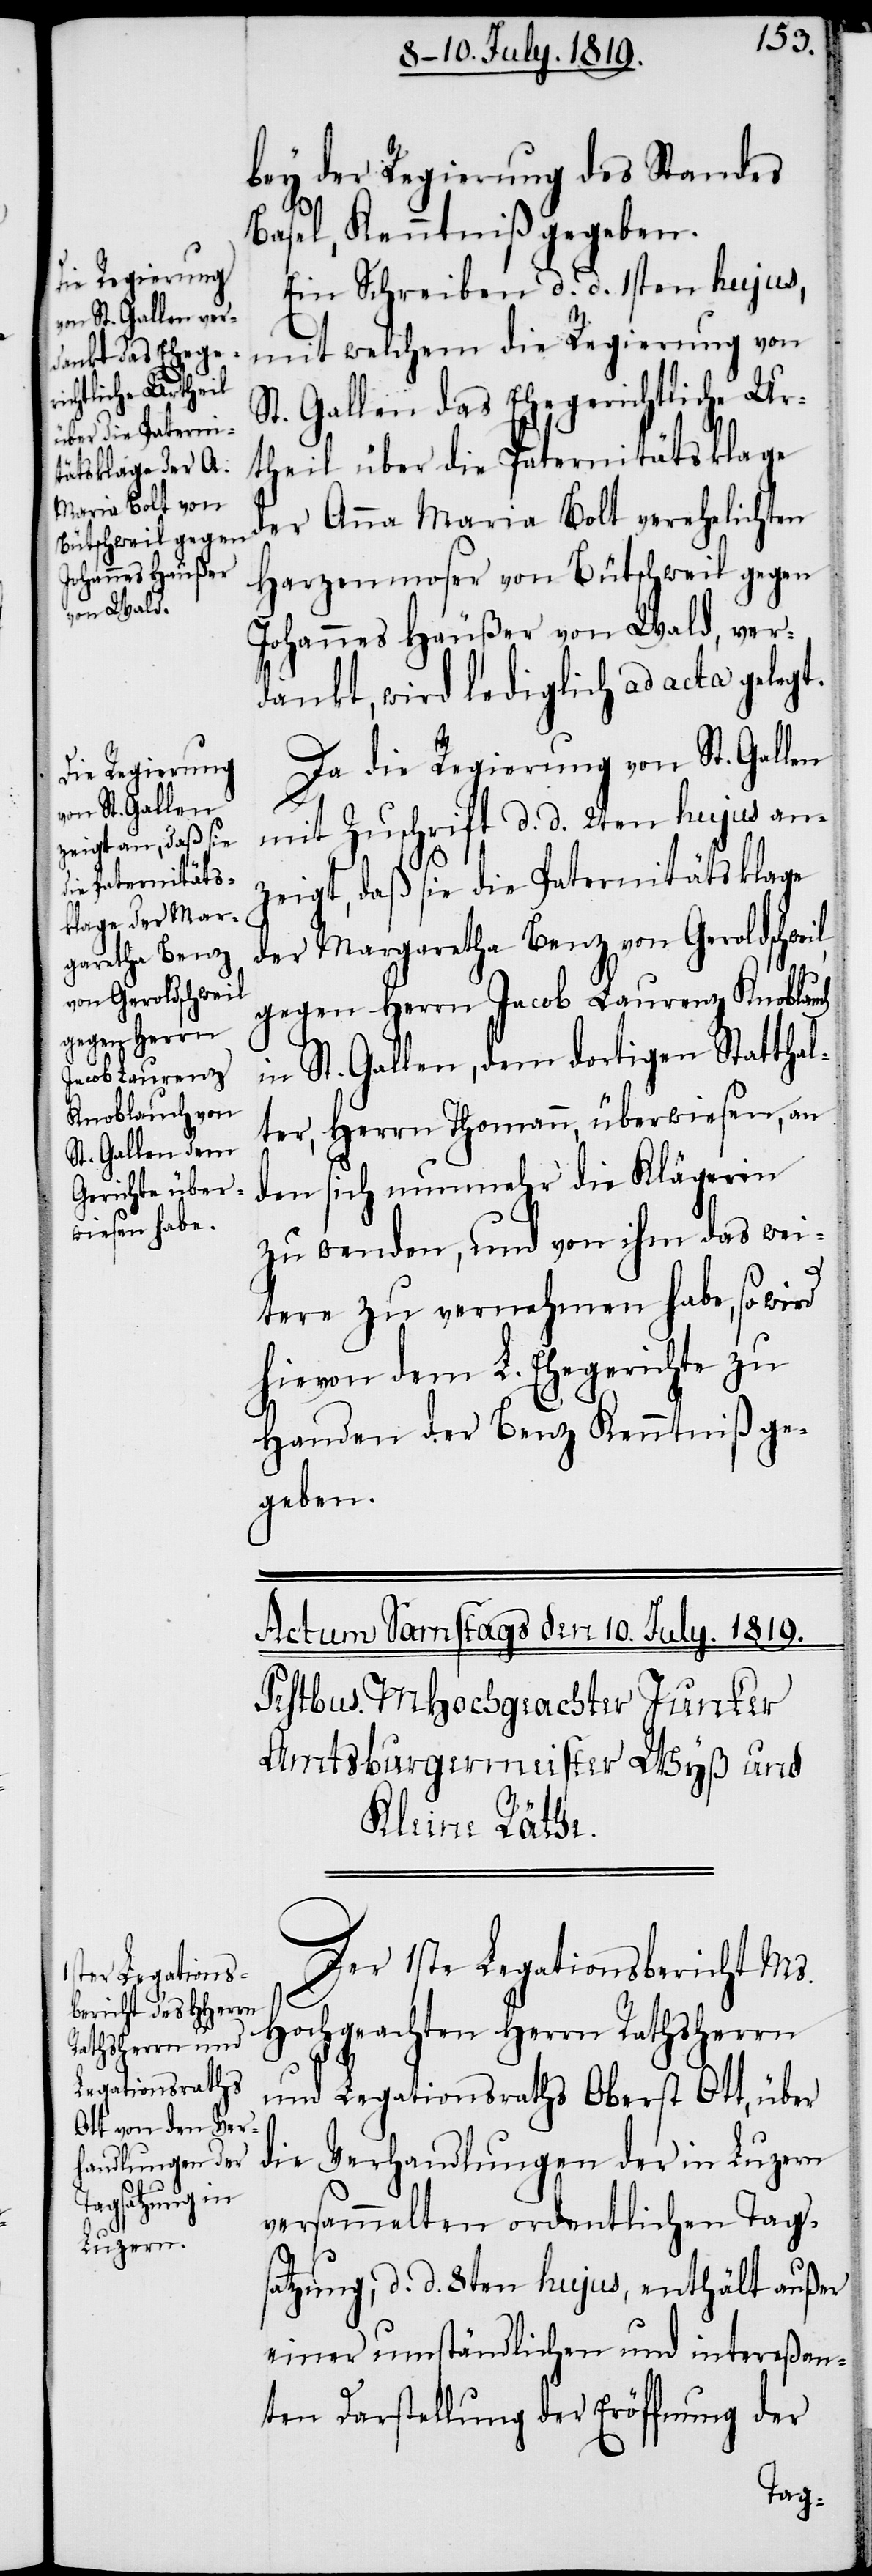
bey der Regierung des Standes
Basel, Kenntniß gegeben.
Ein Schreiben d. d. 1sten hujus,
mit welchem die Regierung von
St. Gallen das Ehegerichtliche Ur¬
theil über die Paternitätsklage
der Anna Maria Bolt verehelichten
Harzenmoser von Bütschweil gegen
Johannes Häußer von Wald, ver¬
dankt, wird lediglich ad acta gelegt.
Da die Regierung von St. Gallen
mit Zuschrift d. d. 2ten hujus an¬
il,
zeigt, daß sie die Paternitätsklage
der Margaretha Benz von Geroldschwe¬
gegen Herrn Jacob Laurenz Knoblauch
in St. Gallen, dem dortigen Statthal¬
ter, Herrn Thomann, überwiesen, an
den sich nunmehr die Klägerin
zu wenden, und von ihm das wei¬
tere zu vernehmen habe, so wird
hievon dem L. Ehegerichte zu
Handen der Benz Kenntniß ge¬
geben.
Der 1ste Legationsbericht Ms.
Hochgeachten Herrn Rathsherrn
und Legationsraths Oberst Ott, über
die Verhandlungen der in Luzern
versammelten ordentlichen Tags¬
atzung, d. d. 8ten hujus, enthält außer
einer umständlichen und intereßan¬
ten Darstellung der Eröffnung der